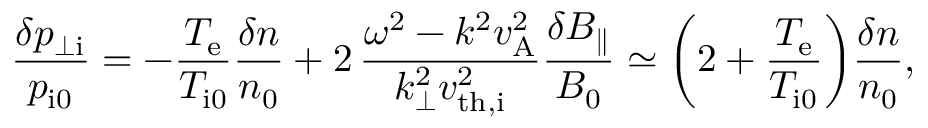
\frac { \delta p _ { \perp \mathrm { i } } } { p _ { \mathrm { i 0 } } } = - \frac { T _ { \mathrm { e } } } { T _ { \mathrm { i 0 } } } \frac { \delta n } { n _ { 0 } } + 2 \, \frac { \omega ^ { 2 } - k ^ { 2 } v _ { \mathrm { A } } ^ { 2 } } { k _ { \perp } ^ { 2 } v _ { \mathrm { t h , i } } ^ { 2 } } \frac { \delta B _ { \parallel } } { B _ { 0 } } \simeq \biggl ( 2 + \frac { T _ { \mathrm { e } } } { T _ { \mathrm { i 0 } } } \biggr ) \frac { \delta n } { n _ { 0 } } ,